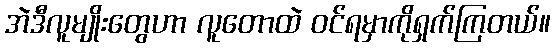
အဲဒီလူမျိုးတွေဟာ လူတောထဲ ဝင်ရမှာကိုရှက်ကြတယ်။